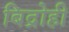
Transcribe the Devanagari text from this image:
बिद्रोही